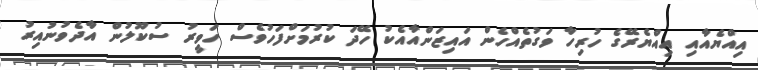
އިއްޔެއާއި އިއްޔެރޭގެ ހުރިހާ ވަގުތެއްހެން އައިޒަންއާއެކު ހޭދަ ކުރުމަށްފަހުވެސް ހަވީރު ސުކޫލުން އާދެވުނުއިރު